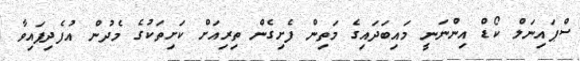
ސްޕައިނަލް ކޯޑް އިންނަނީ މައިބަދައިގެ މަތިން ފެށިގެން ތިރިއަށް ކަށިތަކުގެ މެދުން އުފެދިފައިވާ